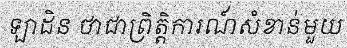
ឡាដិន ថាជាព្រិត្តិការណ៍សំខាន់មួយ